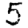
Digit: 5